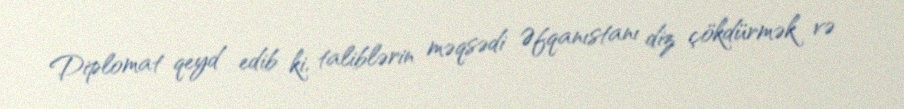
Diplomat qeyd edib ki, taliblərin məqsədi Əfqanıstanı diz çökdürmək və